Indian journal of veterinary science and animal husbandry - Volumes 18-21, 1948-1951
Year: 1948
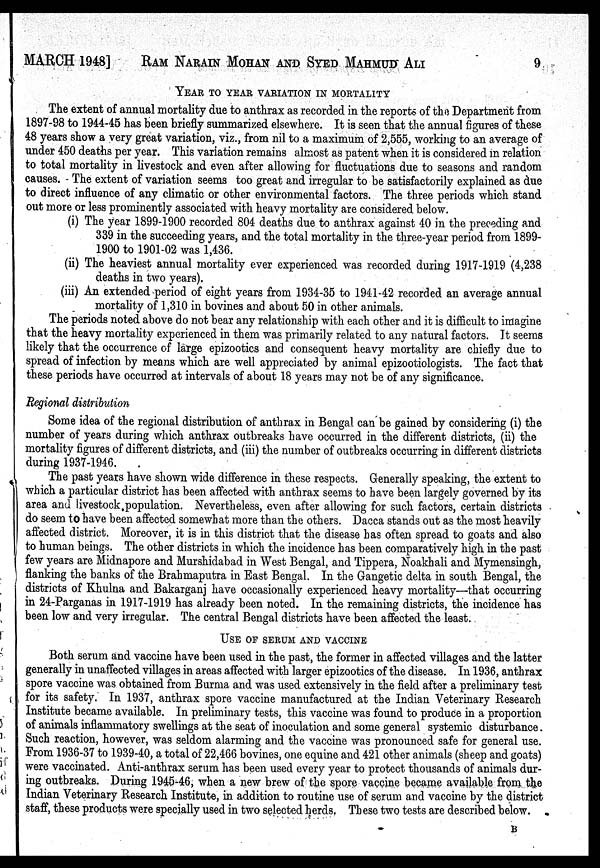
MARCH 1948] RAM NARAIN MOHAN AND SYED MAHMUD ALI 9
YEAR TO YEAR VARIATION IN MORTALITY
The extent of annual mortality due to anthrax as recorded in the reports of the Department from
1897-98 to 1944-45 has been briefly summarized elsewhere. It is seen that the annual figures of these
48 years show a very great variation, viz., from nil to a maximum of 2,555, working to an average of
under 450 deaths per year. This variation remains almost as patent when it is considered in relation
to total mortality in livestock and even after allowing for fluctuations due to seasons and random
causes. The extent of variation seems too great and irregular to be satisfactorily explained as due
to direct influence of any climatic or other environmental factors. The three periods which stand
out more or less prominently associated with heavy mortality are considered below.
(i) The year 1899-1900 recorded 804 deaths due to anthrax against 40 in the preceding and
339 in the succeeding years, and the total mortality in the three-year period from 1899-
1900 to 1901-02 was 1,436.
(ii) The heaviest annual mortality ever experienced was recorded during 1917-1919 (4,238
deaths in two years).
(iii) An extended period of eight years from 1934-35 to 1941-42 recorded an average annual
mortality of 1,310 in bovines and about 50 in other animals.
The periods noted above do not bear any relationship with each other and it is difficult to imagine
that the heavy mortality experienced in them was primarily related to any natural factors. It seems
likely that the occurrence of large epizootics and consequent heavy mortality are chiefly due to
spread of infection by means which are well appreciated by animal epizootiologists. The fact that
these periods have occurred at intervals of about 18 years may not be of any significance.
Regional distribution
Some idea of the regional distribution of anthrax in Bengal can be gained by considering (i) the
number of years during which anthrax outbreaks have occurred in the different districts, (ii) the
mortality figures of different districts, and (iii) the number of outbreaks occurring in different districts
during 1937-1946.
The past years have shown wide difference in these respects. Generally speaking, the extent to
which a particular district has been affected with anthrax seems to have been largely governed by its
area and livestock population. Nevertheless, even after allowing for such factors, certain districts
do seem to have been affected somewhat more than the others. Dacca stands out as the most heavily
affected district. Moreover, it is in this district that the disease has often spread to goats and also
to human beings. The other districts in which the incidence has been comparatively high in the past
few years are Midnapore and Murshidabad in West Bengal, and Tippera, Noakhali and Mymensingh,
flanking the banks of the Brahmaputra in East Bengal. In the Gangetic delta in south Bengal, the
districts of Khulna and Bakarganj have occasionally experienced heavy mortality—that occurring
in 24-Parganas in 1917-1919 has already been noted. In the remaining districts, the incidence has
been low and very irregular. The central Bengal districts have been affected the least.
USE OF SERUM AND VACCINE
Both serum and vaccine have been used in the past, the former in affected villages and the latter
generally in unaffected villages in areas affected with larger epizootics of the disease. In 1936, anthrax
spore vaccine was obtained from Burma and was used extensively in the field after a preliminary test
for its safety. In 1937, anthrax spore vaccine manufactured at the Indian Veterinary Research
Institute became available. In preliminary tests, this vaccine was found to produce in a proportion
of animals inflammatory swellings at the seat of inoculation and some general systemic disturbance.
Such reaction, however, was seldom alarming and the vaccine was pronounced safe for general use.
From 1936-37 to 1939-40, a total of 22,466 bovines, one equine and 421 other animals (sheep and goats)
were vaccinated. Anti-anthrax serum has been used every year to protect thousands of animals dur-
ing outbreaks. During 1945-46, when a new brew of the spore vaccine became available from the
Indian Veterinary Research Institute, in addition to routine use of serum and vaccine by the district
staff, these products were specially used in two selected herds. These two tests are described below.
B